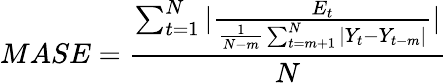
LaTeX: MASE={\frac{\sum_{t=1}^{N}|{\frac{E_{t}}{{\frac{1}{N-m}}\sum_{t=m+1}^{N}|Y_{t}-Y_{t-m}|}}|}{N}}